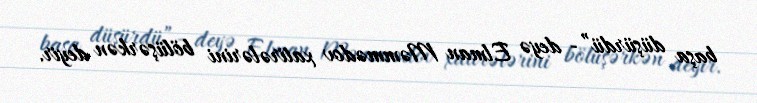
başa düşürdü”- deyə Elman Məmmədov xatirələrini bölüşərkən deyir.